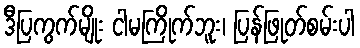
ဒီပြကွက်မျိုး ငါမကြိုက်ဘူး၊ ပြန်ဖြုတ်စမ်းပါ